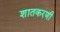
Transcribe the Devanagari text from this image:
शातकरणी